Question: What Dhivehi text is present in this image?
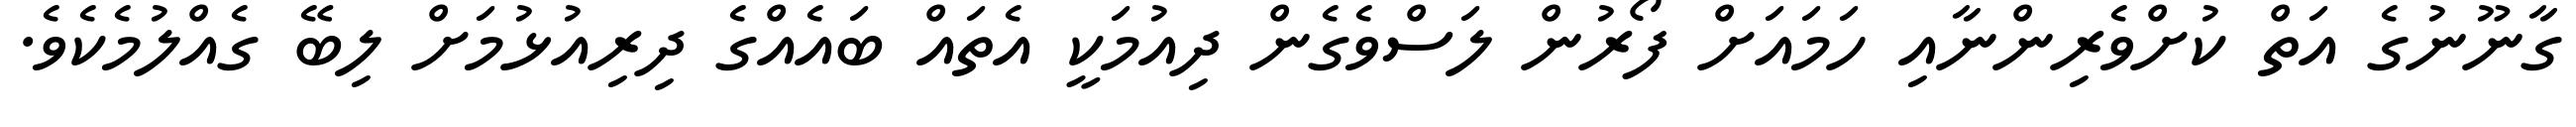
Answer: ގާނޫނުގެ އަތް ކުށްވެރިންނާއި ހަމައަށް ފޯރުން ލަސްވެގެން ދިއުމަކީ އެތައް ބައެއްގެ ދިރިއުޅުމަށް ލިބޭ ގެއްލުމެކެވެ.